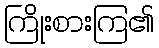
ကြိုးစားကြ၏